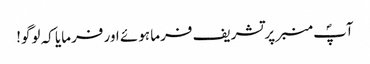
آپؐ منبر پر تشریف فرما ہوئے اور فرمایا کہ لوگو!